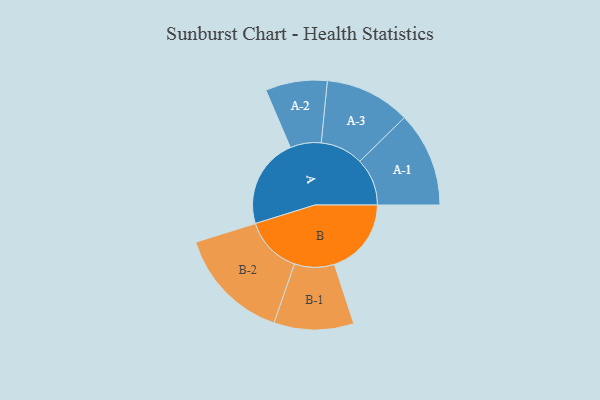
{"axis": {"x": "Segment", "y": "Value"}, "legend": ["", "A", "B"], "data": [{"x": "A", "y": 440, "type": ""}, {"x": "B", "y": 376, "type": ""}, {"x": "A-1", "y": 232, "type": "A"}, {"x": "A-2", "y": 151, "type": "A"}, {"x": "A-3", "y": 209, "type": "A"}, {"x": "B-1", "y": 195, "type": "B"}, {"x": "B-2", "y": 280, "type": "B"}]}